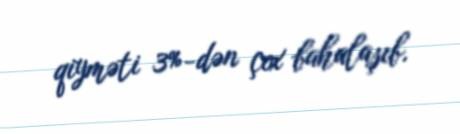
qiyməti 3%-dən çox bahalaşıb.